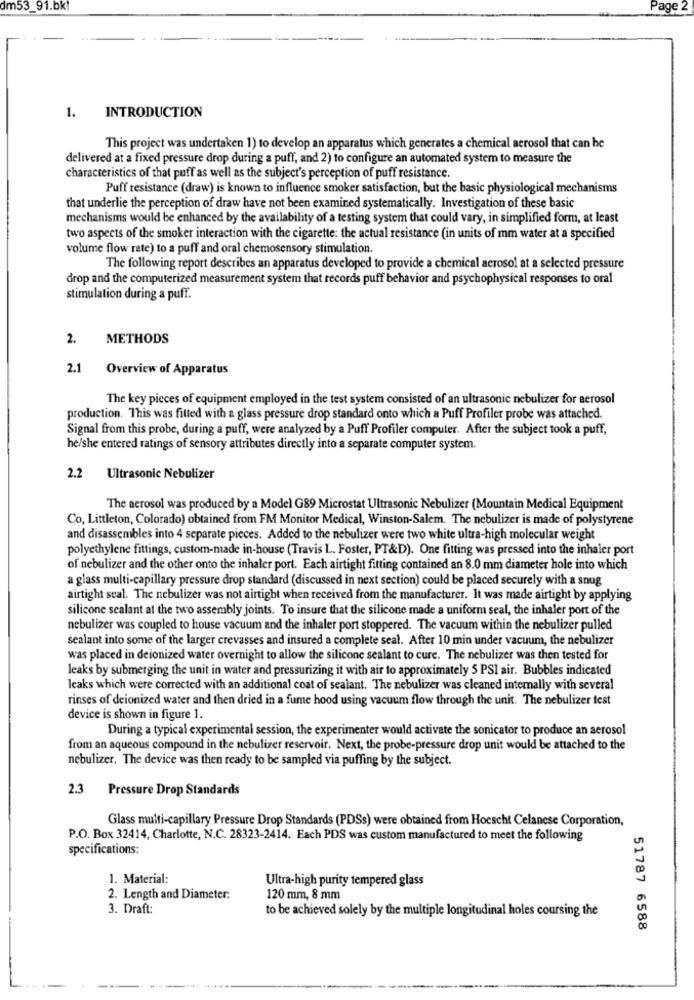
dm53_91.bk!
Page 2
1.
INTRODUCTION
This project was undertaken 1) to develop an apparatus which generates a chemical aerosol that can be
delivered at a fixed pressure drop during a puff, and 2) to configure an automated system to measure the
characteristics of that puff as well as the subject's perception of puff resistance.
Puff resistance (draw) is known to influence smoker satisfaction, but the basic physiological mechanisms
that underlie the perception of draw have not been examined systematically. Investigation of these basic
mechanisms would be enhanced by the availability of a testing system that could vary, in simplified form, at least
two aspects of the smoker interaction with the cigarette: the actual resistance (in units of mm water at a specified
volume flow rate) to a puff and oral chemosensory stimulation.
The following report describes an apparatus developed to provide a chemical aerosol at a selected pressure
drop and the computerized measurement system that records puff behavior and psychophysical responses to oral
stimulation during a puff.
2.
METHODS
2.1
Overview of Apparatus
The key pieces of equipment employed in the test system consisted of an ultrasonic nebulizer for aerosol
production. This was fitted with a glass pressure drop standard onto which a Puff Profiler probe was attached.
Signal from this probe, during a puff, were analyzed by a Puff Profiler computer. After the subject took a puff,
he/she entered ratings of sensory attributes directly into a separate computer system.
2.2 Ultrasonic Nebulizer
The aerosol was produced by a Model G89 Microstat Ultrasonic Nebulizer (Mountain Medical Equipment
Co, Littleton, Colorado) obtained from FM Monitor Medical, Winston-Salem. The nebulizer is made of polystyrene
and disassembles into 4 separate pieces. Added to the nebulizer were two white ultra-high molecular weight
polyethylene fittings, custom-made in-house (Travis L. Foster, PT&D). One fitting was pressed into the inhaler port
of nebulizer and the other onto the inhaler port. Each airtight fitting contained an 8.0 mm diameter hole into which
a glass multi-capillary pressure drop standard (discussed in next section) could be placed securely with a snug
airtight scal. The nebulizer was not airtight when received from the manufacturer. It was made airtight by applying
silicone scalant at the two assembly joints. To insure that the silicone made a uniform seal, the inhaler port of the
nebulizer was coupled to house vacuum and the inhaler port stoppered. The vacuum within the nebulizer pulled
sealant into some of the larger crevasses and insured a complete seal. After 10 min under vacuum, the nebulizer
was placed in deionized water overnight to allow the silicone sealant to cure. The nebulizer was then tested for
leaks by submerging the unit in water and pressurizing it with air to approximately 5 PSI air. Bubbles indicated
leaks which were corrected with an additional coat of sealant. The nebulizer was cleaned internally with several
rinses of deionized water and then dried in a fume hood using vacuum flow through the unit. The nebulizer test
device is shown in figure 1.
During a typical experimental session, the experimenter would activate the sonicator to produce an aerosol
from an aqueous compound in the nebulizer reservoir. Next, the probe-pressure drop unit would be attached to the
nebulizer. The device was then ready to be sampled via puffing by the subject.
2.3 Pressure Drop Standards
Glass multi-capillary Pressure Drop Standards (PDSs) were obtained from Hoescht Celanese Corporation,
P.O. Box 32414, Charlotte, N.C. 28323-2414. Each PDS was custom manufactured to meet the following
specifications:
1. Material:
Ultra-high purity tempered glass
2. Length and Diameter:
120 mm, 8 mm
3. Draft:
to be achieved solely by the multiple longitudinal holes coursing the
51787 6588